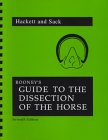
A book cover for Rooney's Guide to the Dissection of the Horse; M. Susan Hackett; Medical Books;